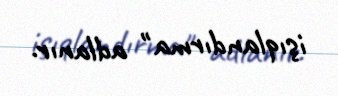
işıqlandırma" adlanır.